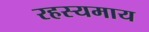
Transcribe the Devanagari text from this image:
रहस्यमाय